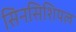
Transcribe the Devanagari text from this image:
सिनसिशियल